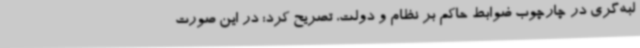
لبه‌گری در چارچوب ضوابط حاکم بر نظام و دولت، تصریح کرد: در این صورت